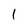
Character: 1